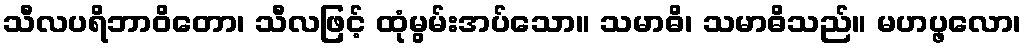
သီလပရိဘာဝိတော၊ သီလဖြင့် ထုံမွမ်းအပ်သော။ သမာဓိ၊ သမာဓိသည်။ မဟပ္ဖလော၊